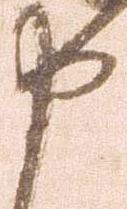
申